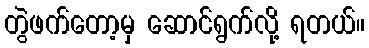
တွဲဖက်တော့မှ ဆောင်ရွက်လို့ ရတယ်။